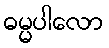
ဓမ္မပါလော